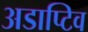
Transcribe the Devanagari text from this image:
अडाप्टिव